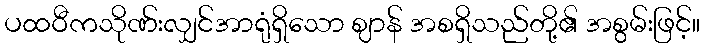
ပထဝီကသိုဏ်းလျှင်အာရုံရှိသော ဈာန် အစရှိသည်တို့၏ အစွမ်းဖြင့်။